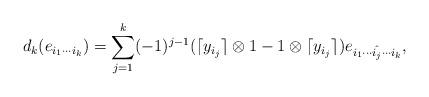
LaTeX: \begin{align*}d_k(e_{i_1\cdots i_k})=\sum\limits_{j=1}^k(-1)^{j-1} (\lceil y_{i_j}\rceil\otimes 1-1\otimes \lceil y_{i_j}\rceil)e_{i_1\cdots \hat{i_j}\cdots i_k},\end{align*}